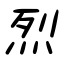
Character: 烈